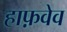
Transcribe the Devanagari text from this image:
हाफ़वेव